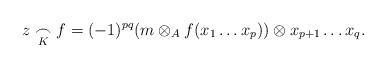
LaTeX: \begin{align*} z\underset{K}{\frown} f = (-1)^{pq} (m\otimes_A f(x_1 \ldots x_p)) \otimes x_{p+1} \ldots x_{q}.\end{align*}